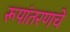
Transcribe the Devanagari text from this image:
रूपांतरणचे